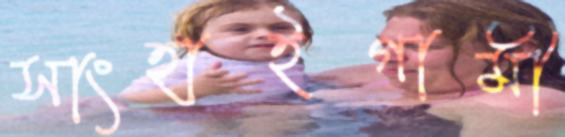
সাংহাইগামী